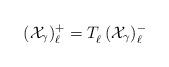
LaTeX: \begin{align*} (\mathcal{X}_{\gamma})_{\ell}^+ = T_{\ell}^{\phantom{j}} (\mathcal{X}_{\gamma})_{\ell}^-\end{align*}